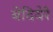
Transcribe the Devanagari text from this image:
बेदिवेरे